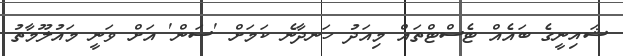
ޝައިނީގެ ބައެއް ޓެސްޓްތައް މިއަދު ހަނދާނެ ކަމަށް 'ސަން' އަށް ވަނީ މައުލޫމާތު